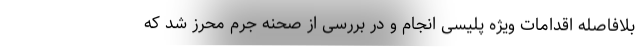
بلافاصله اقدامات ویژه پلیسی انجام و در بررسی از صحنه جرم محرز شد که